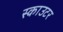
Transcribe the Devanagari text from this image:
स्काउटर